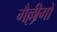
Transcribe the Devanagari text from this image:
गैल्लीगो